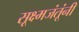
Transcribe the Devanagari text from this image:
सूक्ष्मजंतूंनी